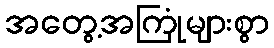
အတွေ့အကြုံများစွာ